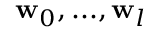
\mathbf { w } _ { 0 } , . . . , \mathbf { w } _ { l }